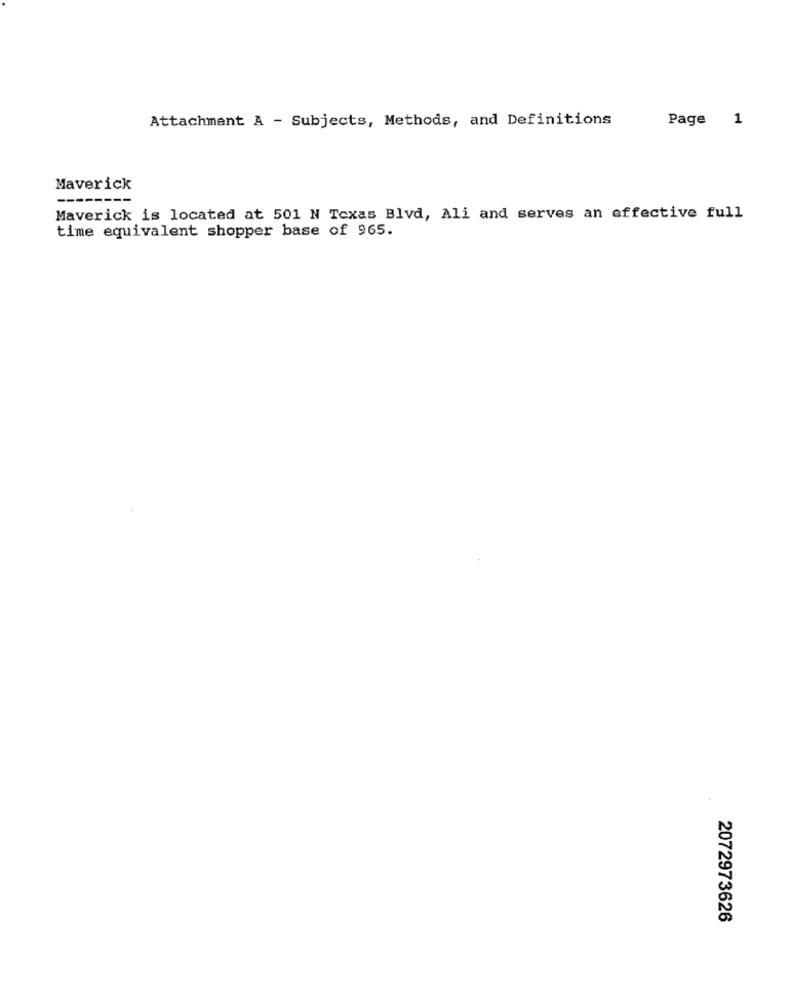
Attachment A - Subjects, Methods, and Definitions
Page 1
Maverick
------
Maverick is located at 501 N Texas Blvd, Ali and serves an effective full
time equivalent shopper base of 965.
2072973626